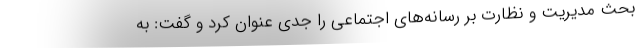
بحث مدیریت و نظارت بر رسانه‌های اجتماعی را جدی عنوان کرد و گفت: به